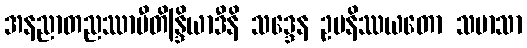
အနညာတညဿာမီတိန္ဒြိယာဒီနိ သဒ္ဒေန ဥပနိဿယတော သမာသာ